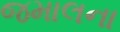
જમાલના